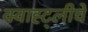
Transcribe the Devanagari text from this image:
क्वाह्ट्लीचे